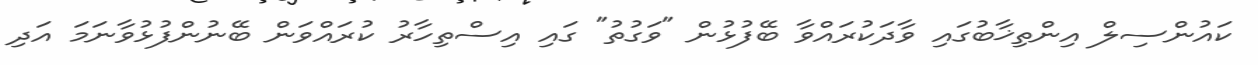
ކައުންސިލް އިންތިޚާބުގައި ވާދަކުރައްވާ ބޭފުޅުން "ވަގުތު" ގައި އިސްތިހާރު ކުރައްވަން ބޭނުންފުޅުވާނަމަ އަދި